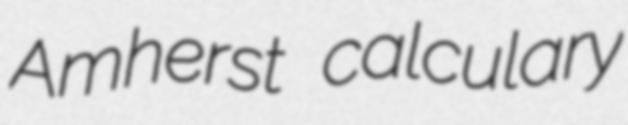
Amherst calculary